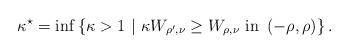
LaTeX: \begin{align*}\kappa^{\star}=\inf\left\{ \kappa>1\ |\ \kappa W_{\rho',\nu}\geq W_{\rho,\nu}\textup{ in }\left(-\rho,\rho\right)\right\} .\end{align*}